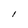
Character: l